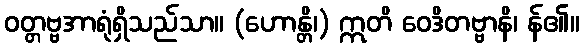
ဝတ္တဗ္ဗအာရုံရှိသည်သာ။ (ဟောန္တိ၊) ဣတိ ဝေဒိတဗ္ဗာနိ၊ န်၏။